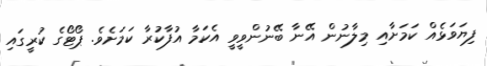
ފިޔަވަޅެއް ކަމަށާއި މިލާނުން އޭނާ ބޭނުންވީވީ އެކަމާ އުފާކުރާ ކަމަށެވެ. ޕޯޓޯގެ ކުރީގައި